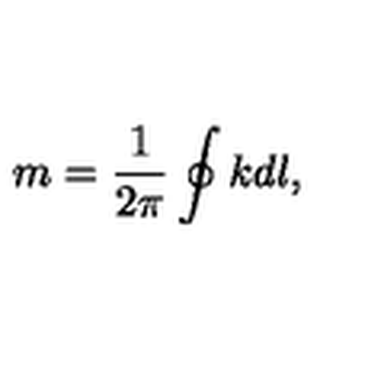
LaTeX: m = { \frac { 1 } { 2 \pi } } \oint k d l ,